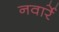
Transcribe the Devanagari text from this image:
नवार्रे